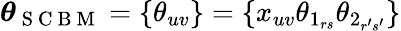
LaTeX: \boldsymbol{\theta}_{\mathrm{~S~C~B~M~}}=\{ \theta_{uv}\} =\{ x_{uv}\theta_{1_{rs}}\theta_{2_{r^{\prime}s^{\prime}}}\}